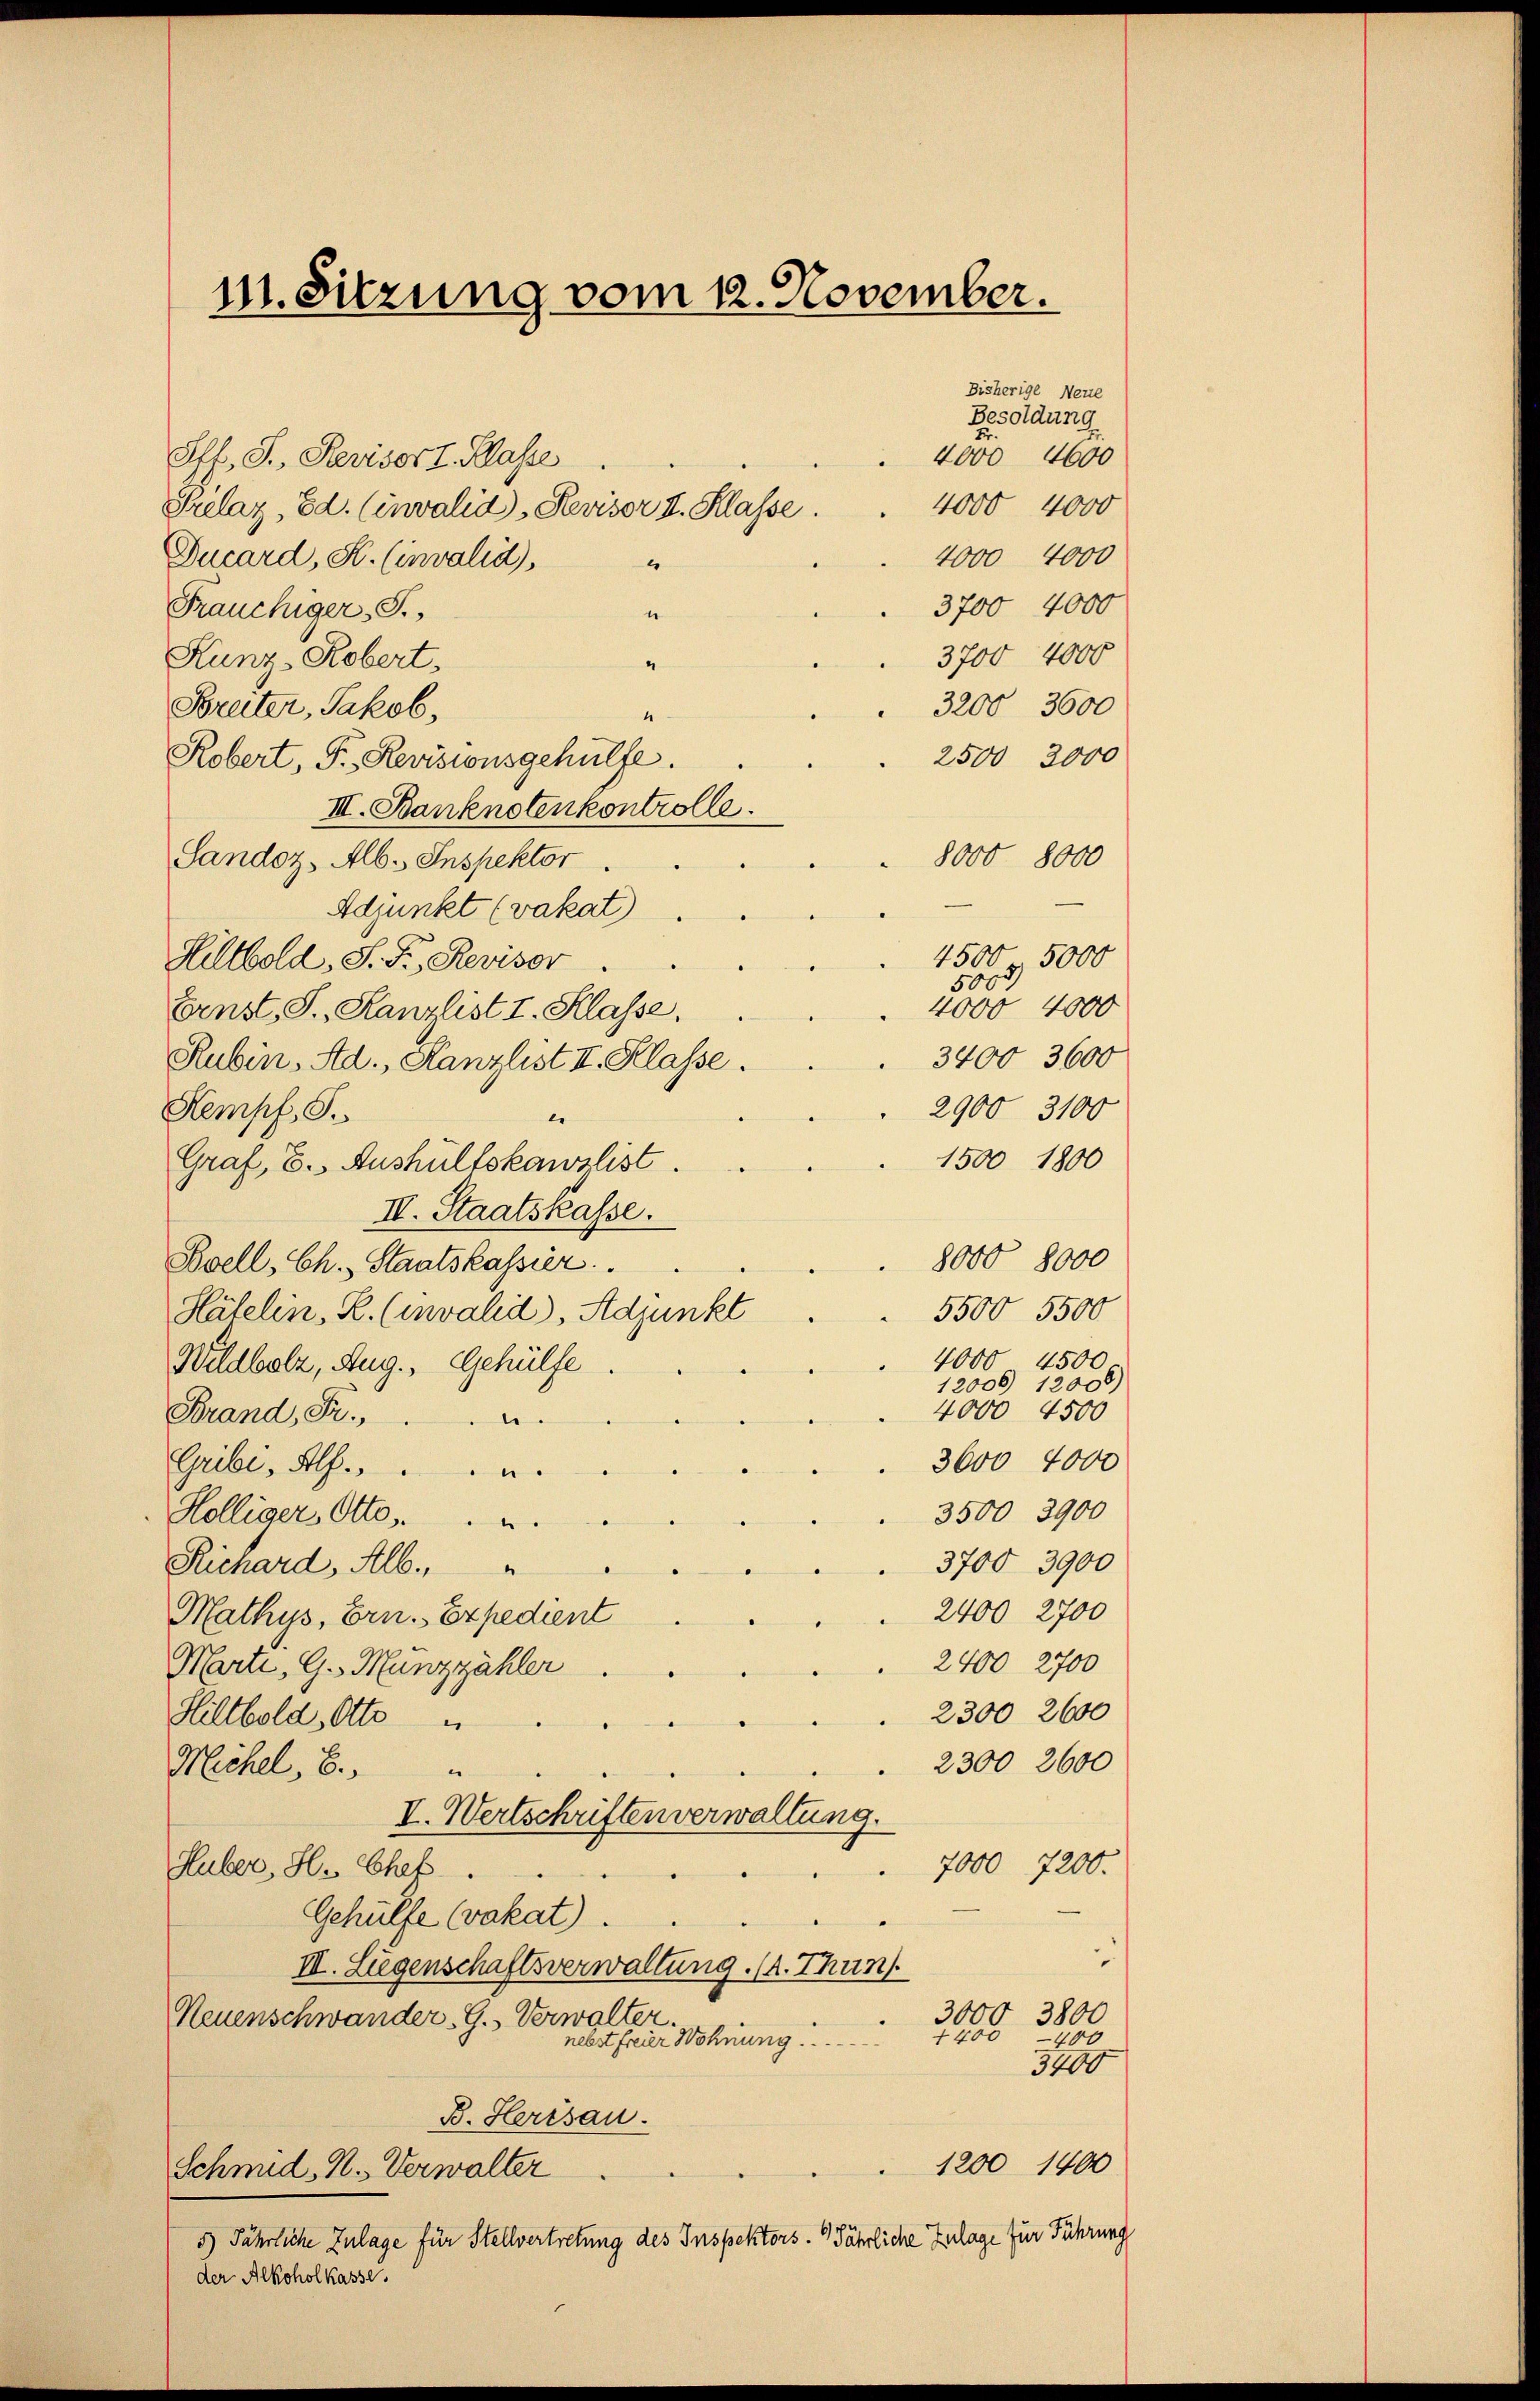
11. Sitzung vom 12. November.

Pff., S. Revisor I. Klasse
Prilaz, Ed. (invalid-Revisor I. Klasse.
Ducard, St. (invalid),
“
Frauchiger, S.
“
Kunz, Robert.
“
3200 3600
Breiter, Jakob,
4
2500 2000
Robert, P. Revisionsgehülfe.
III. Banknotenkontrolle.
8000 8000
Sandoz, Alb. Inspektor
Adjunkt (vakat)
4500 f. 5000
Hiltbold, S. F., Reviser
4000 4000
Ernst, S. Kanzlist I. Klasse,
3400 3600
Rubin, Ad., Kanzlist II. Klasse.
2900 3100
Kempf, S.
e.
1500 1800
Graf, E. Aushülfskanzlist.
IV. Staatskasse.
8000 8000
Svell, Ch. Staatskassier.
5500 5500
Hätelin, R. (invalid), Adjunkt
4000 4500.
Wildbolz, Aug., Gehülfe
12006 12008)
4000 4500
Brand, Fr.
3600 4000
Gribi, Al.
3500 3900
Hölliger, Otto. . u.
3700 3900
Richard, Alb.
2400 2700
Mathys, Ern. Expedient
2400 2700
Marti, G. Munzzähler
2300 2600
Hiltbold, Otto u
2300 2600
Michel, 8.
e
I. Wertschriften verwaltung.
7000 7200.
Huber, H. Chef
Gehülfe (vakat).
III. Lügenschaftsverwaltung. (2. Thun
3000 3800
Neuenschwander. G. Verwalter.
4400
400
nebst freier Wohnung .............
3400
B. Herisau.
1200 1400
Schmid, N. Verwalter
5.) Jährliche Zulage für Stellvertretung des Inspektors. Jährliche Zulage für Führung
der Alkohol Kasse.

Bisherige Neue
Besoldung
4000 4600
4000 4000
4000 4000
3700 4000
3700 4000

5000